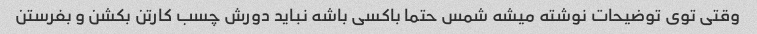
وقتی توی توضیحات نوشته میشه شمس حتما باکسی باشه نباید دورش چسب کارتن بکشن و بفرستن